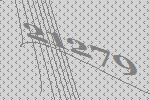
21279